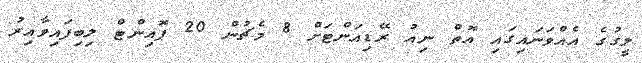
ލީގުގެ އެއްވަނައިގައި އޮތް ނިއު ރޭޑިއަންޓަށް 8 މެޗުން 20 ޕޮއިންޓް ލިބިފައިވާއިރު